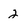
Character: 2